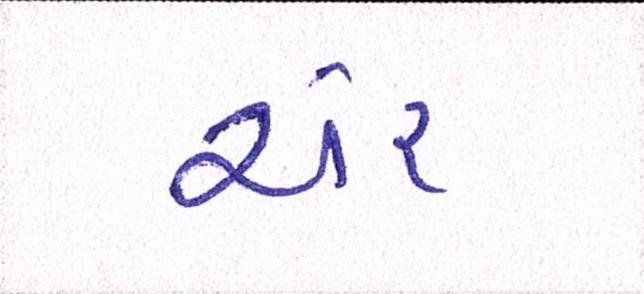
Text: ચેર